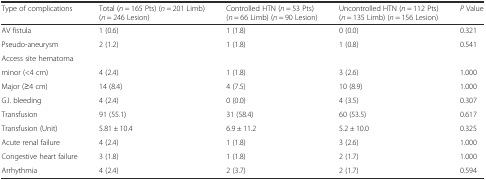
<table><thead><tr><td><b>Type of complications</b></td><td><b>Total (<i>n</i> = 165 Pts) (<i>n</i> = 201 Limb) (<i>n</i> = 246 Lesion)</b></td><td><b>Controlled HTN (<i>n</i> = 53 Pts) (<i>n</i> = 66 Limb) (<i>n</i> = 90 Lesion)</b></td><td><b>Uncontrolled HTN (<i>n</i> = 112 Pts) (<i>n</i> = 135 Limb) (<i>n</i> = 156 Lesion)</b></td><td><b><i>P</i> Value</b></td></tr></thead><tbody><tr><td>AV fistula</td><td>1 (0.6)</td><td>1 (1.8)</td><td>0 (0.0)</td><td>0.321</td></tr><tr><td>Pseudo-aneurysm</td><td>2 (1.2)</td><td>1 (1.8)</td><td>1 (0.8)</td><td>0.541</td></tr><tr><td>Access site hematoma</td><td></td><td></td><td></td><td></td></tr><tr><td>minor (&lt;4 cm)</td><td>4 (2.4)</td><td>1 (1.8)</td><td>3 (2.6)</td><td>1.000</td></tr><tr><td>Major (≥4 cm)</td><td>14 (8.4)</td><td>4 (7.5)</td><td>10 (8.9)</td><td>1.000</td></tr><tr><td>G.I. bleeding</td><td>4 (2.4)</td><td>0 (0.0)</td><td>4 (3.5)</td><td>0.307</td></tr><tr><td>Transfusion</td><td>91 (55.1)</td><td>31 (58.4)</td><td>60 (53.5)</td><td>0.617</td></tr><tr><td>Transfusion (Unit)</td><td>5.81 ± 10.4</td><td>6.9 ± 11.2</td><td>5.2 ± 10.0</td><td>0.325</td></tr><tr><td>Acute renal failure</td><td>4 (2.4)</td><td>1 (1.8)</td><td>3 (2.6)</td><td>1.000</td></tr><tr><td>Congestive heart failure</td><td>3 (1.8)</td><td>1 (1.8)</td><td>2 (1.7)</td><td>1.000</td></tr><tr><td>Arrhythmia</td><td>4 (2.4)</td><td>2 (3.7)</td><td>2 (1.7)</td><td>0.594</td></tr></tbody></table>